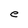
Character: e